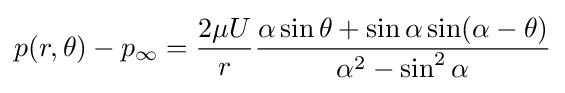
p(r,\theta )-p_{\infty }={\frac {2\mu U}{r}}{\frac {\alpha \sin \theta +\sin \alpha \sin(\alpha -\theta )}{\alpha ^{2}-\sin ^{2}\alpha }}